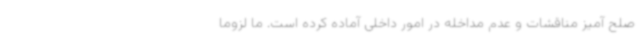
صلح آمیز مناقشات و عدم مداخله در امور داخلی آماده کرده است. ما لزوما